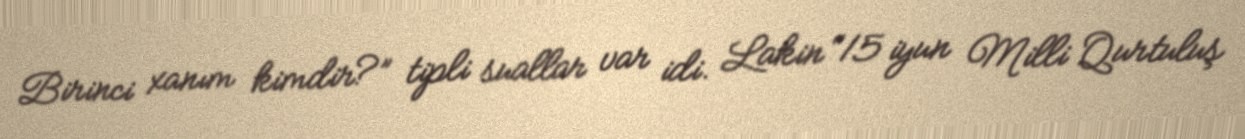
Birinci xanım kimdir?” tipli suallar var idi. Lakin “15 iyun Milli Qurtuluş